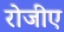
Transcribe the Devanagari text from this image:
रोजीए